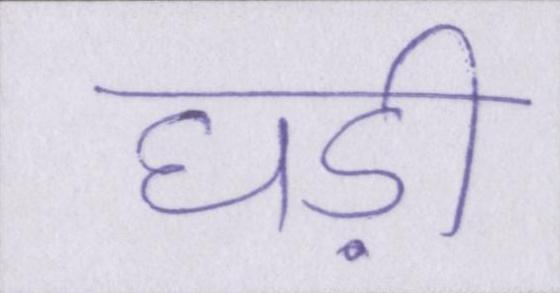
घड़ी